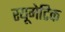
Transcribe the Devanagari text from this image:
रयूमेटिक